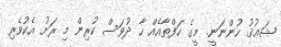
ޝަޢުޤު ހުންނަނީ. މީގެ ހަފްތާއެއް ހާ ދުވަސް ކުރިން މި ރަށު އެކުވެރި